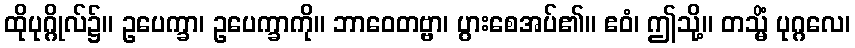
ထိုပုဂ္ဂိုလ်၌။ ဥပေက္ခာ၊ ဥပေက္ခာကို။ ဘာဝေတဗ္ဗာ၊ ပွားစေအပ်၏။ ဧဝံ၊ ဤသို့။ တသ္မိံ ပုဂ္ဂလေ၊